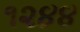
૧૨૪૪